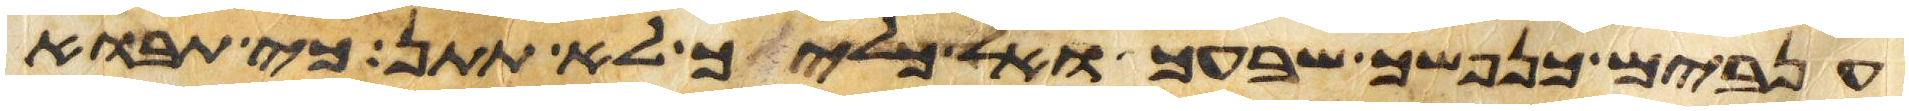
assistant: ענבים כנפשך שבעך ואל כליך לא תתן כי תבוא